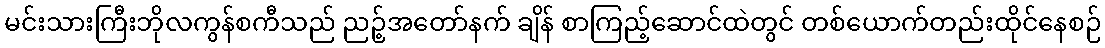
မင်းသားကြီးဘိုလကွန်စကီသည် ညဉ့်အတော်နက် ချိန် စာကြည့်ဆောင်ထဲတွင် တစ်ယောက်တည်းထိုင်နေစဉ်